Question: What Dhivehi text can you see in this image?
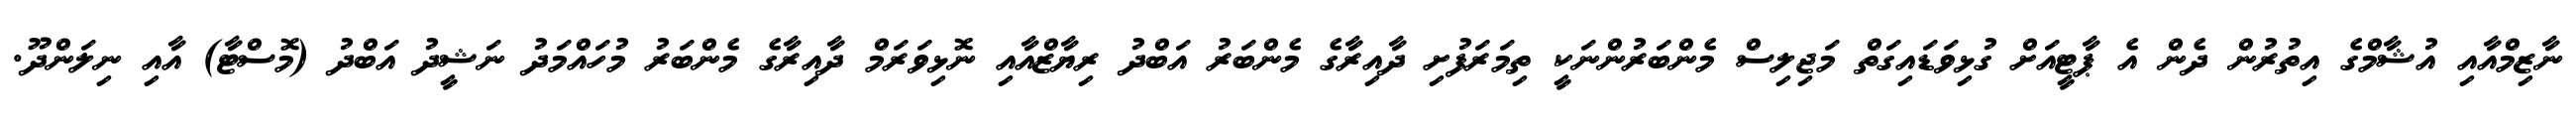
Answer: ނާޒިމްއާއި އުޝާމްގެ އިތުރުން ދެން އެ ޕާޓީއަށް ގުޅިވަޑައިގަތް މަޖިލިސް މެންބަރުންނަކީ ތިމަރަފުށި ދާއިރާގެ މެންބަރު އަބްދު ރިޔާޒްއާއި ނޮޅިވަރަމް ދާއިރާގެ މެންބަރު މުހައްމަދު ނަޝީދު އަބްދު (މޮސްޓާ) އާއި ނިލަންދޫ.